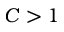
C > 1